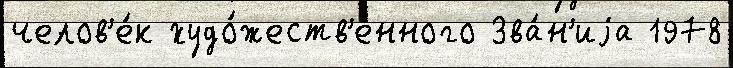
челов'е́к худо́жеств'енного Зва́н'иjа 1978